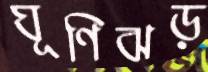
ঘূণিঝড়